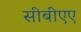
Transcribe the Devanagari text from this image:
सीबीएए